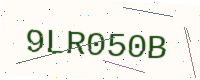
Text: 9LR050B